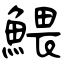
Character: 鰃